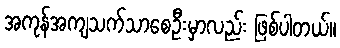
အကုန်အကျသက်သာစေဦးမှာလည်း ဖြစ်ပါတယ်။